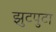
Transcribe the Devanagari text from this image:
झुटपुटा